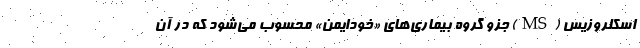
اسکلروزیس (MS) جزو گروه بیماری‌های «خودایمن» محسوب می‌شود که در آن